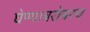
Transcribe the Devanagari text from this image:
घेण्याबरोबरच